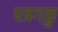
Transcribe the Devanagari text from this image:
पत्रगळु